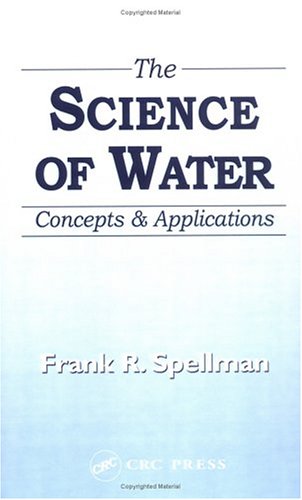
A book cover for The Science of Water: Concepts and Applications; Frank R. Spellman; Science & Math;